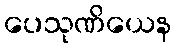
ပေသုဏိယေန